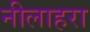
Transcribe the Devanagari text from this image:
नीलाहरा